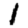
Digit: 1